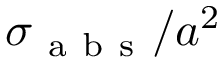
\sigma _ { \mathrm { ~ a ~ b ~ s ~ } } / a ^ { 2 }